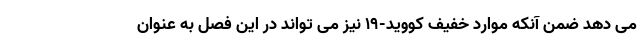
می دهد ضمن آنکه موارد خفیف کووید-۱۹ نیز می تواند در این فصل به عنوان